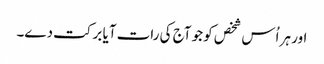
اور ہر اُس شخص کو جو آج کی رات آیا برکت دے۔